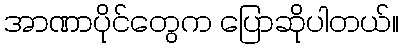
အာဏာပိုင်တွေက ပြောဆိုပါတယ်။